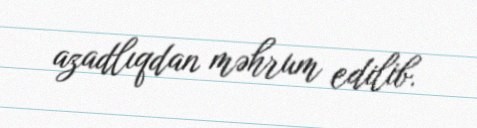
azadlıqdan məhrum edilib.